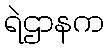
ရဲဌာနက